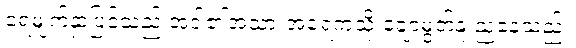
ရေမျက်နှာပြင်သည် အဒါ၏အသားအရေကဲ့သို့ ချောမွတ်နူးညံ့နေသည်။